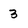
Character: 3